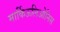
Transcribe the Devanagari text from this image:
मार्किऊलिओनिस